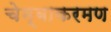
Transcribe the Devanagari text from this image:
चेम्बाकरमण